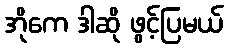
အိုကေ ဒါဆို ဖွင့်ပြမယ်